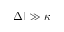
| \Delta | \gg \kappa